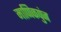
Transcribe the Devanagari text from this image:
माणिकपुंज